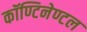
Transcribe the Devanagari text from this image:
कॉण्टिनेण्टल